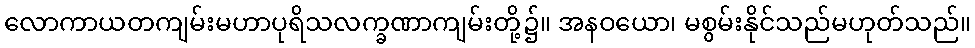
လောကာယတကျမ်းမဟာပုရိသလက္ခဏာကျမ်းတို့၌။ အနဝယော၊ မစွမ်းနိုင်သည်မဟုတ်သည်။